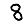
Digit: 8